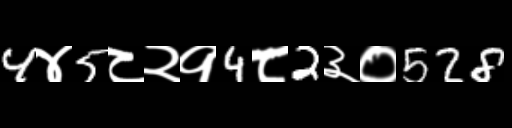
Text: 4४5८२१4८2३०528